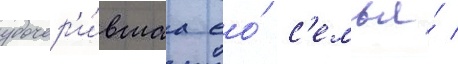
удочер'и́вшаа ео́ с'емья́ /